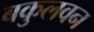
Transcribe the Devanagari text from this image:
बकुलवन